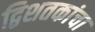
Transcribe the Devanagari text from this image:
द्विशतकांचा